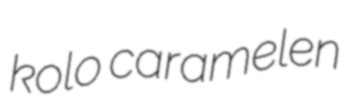
kolo caramelen